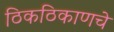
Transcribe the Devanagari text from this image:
ठिकठिकाणचे